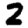
Digit: 2